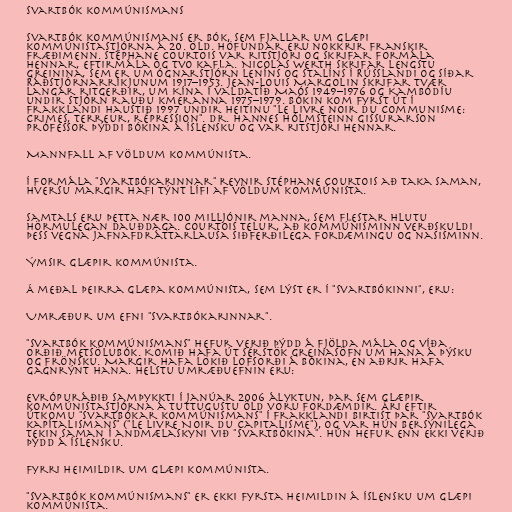
Svartbók kommúnismans

Svartbók kommúnismans er bók, sem fjallar um glæpi
kommúnistastjórna á 20. öld. Höfundar eru nokkrir franskir
fræðimenn. Stéphane Courtois var ritstjóri og skrifar formála
hennar, eftirmála og tvo kafla. Nicolas Werth skrifar lengstu
greinina, sem er um ógnarstjórn Leníns og Stalíns í Rússlandi og síðar
Ráðstjórnarríkjunum 1917–1953. Jean-Louis Margolin skrifar tvær
langar ritgerðir, um Kína í valdatíð Maós 1949–1976 og Kambódíu
undir stjórn rauðu kmeranna 1975–1979. Bókin kom fyrst út í
Frakklandi haustið 1997 undir heitinu "Le livre noir du communisme:
Crimes, terreur, répression". Dr. Hannes Hólmsteinn Gissurarson
prófessor þýddi bókina á íslensku og var ritstjóri hennar.

Mannfall af völdum kommúnista.

Í formála "Svartbókarinnar" reynir Stéphane Courtois að taka saman,
hversu margir hafi týnt lífi af völdum kommúnista.

Samtals eru þetta nær 100 milljónir manna, sem flestar hlutu
hörmulegan dauðdaga. Courtois telur, að kommúnisminn verðskuldi
þess vegna jafnafdráttarlausa siðferðilega fordæmingu og nasisminn.

Ýmsir glæpir kommúnista.

Á meðal þeirra glæpa kommúnista, sem lýst er í "Svartbókinni", eru:

Umræður um efni "Svartbókarinnar".

"Svartbók kommúnismans" hefur verið þýdd á fjölda mála og víða
orðið metsölubók. Komið hafa út sérstök greinasöfn um hana á þýsku
og frönsku. Margir hafa lokið lofsorði á bókina, en aðrir hafa
gagnrýnt hana. Helstu umræðuefnin eru:

Evrópuráðið samþykkti í janúar 2006 ályktun, þar sem glæpir
kommúnistastjórna á tuttugustu öld voru fordæmdir. Ári eftir
útkomu "Svartbókar kommúnismans" í Frakklandi birtist þar "Svartbók
kapítalismans" ("Le Livre Noir du Capitalisme"), og var hún bersýnilega
tekin saman í andmælaskyni við "Svartbókina". Hún hefur enn ekki verið
þýdd á íslensku.

Fyrri heimildir um glæpi kommúnista.

"Svartbók kommúnismans" er ekki fyrsta heimildin á íslensku um glæpi
kommúnista.